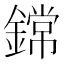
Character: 鏛